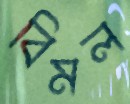
বিমল